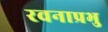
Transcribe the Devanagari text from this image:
रवनाप्रभु